Lock hospitals Punjab
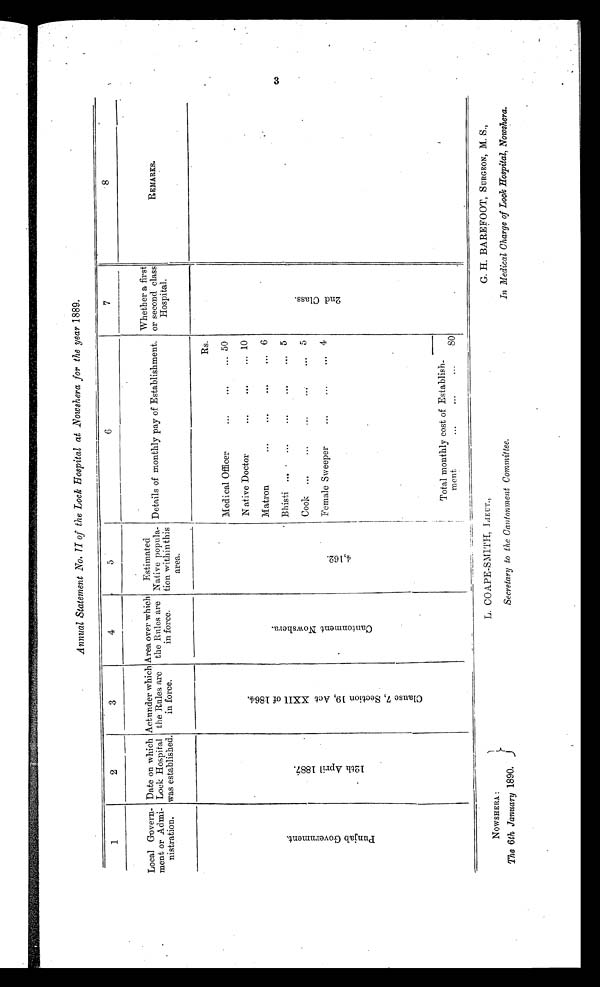
Annual Statement No. II of the Lock Hospital at Nowshera for the year 1889.
1
2
3
4
5
6
7
8
Local Govern-
ment or Admi-
nistration.
Date on which
Lock Hospital
was established.
Actunder which
the Rules are
in force.
Area over which
the Rules are
in force.
Estimated
Native popula-
tion withinthis
area.
Details of monthly pay of Establishment.
Whether a first
or second class
Hospital. R E M A R K S .
P u n j a b G o v e r n m e n t .
1 2 t h A p r i l 1 8 8 7 .
C l a u s e 7 , s e c t i o n 1 9 , A c t X X I I o f 1 8 6 4 .
C a n t o n m e n t N o w s h e r a .
4 , 1 6 2 .
Rs.
2 n d c l a s s .
Medical Officer
...
. . .
... 50
N ative Doctor
...
...
... 10
Matron
...
...
...
... 6
B histi ...
...
...
...
... 5
Cook ...
...
...
... 5
Female Sweeper
...
...
... 4
Total monthly cost of Establish-
ment
...
...
...
8O
L. COAPE-SMITH, LIEUT.,
G. H. BAREFOOT, SURGEON, M. S.
NOWSHERA :
The 6th January 1890.
Secretary to the Cantonment Committee.
In Medical Charge of Lock Hospital, Nowshera.